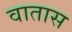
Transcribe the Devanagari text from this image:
वातास